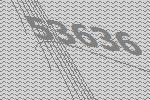
53636